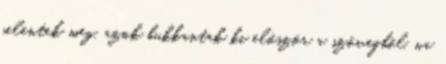
jelentek meg, azok bukkantak ki először a szövegből. na